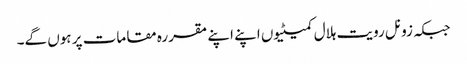
جبکہ زونل رویت ہلال کمیٹیوں اپنے اپنے مقررہ مقامات پر ہوں گے۔